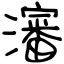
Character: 瀋